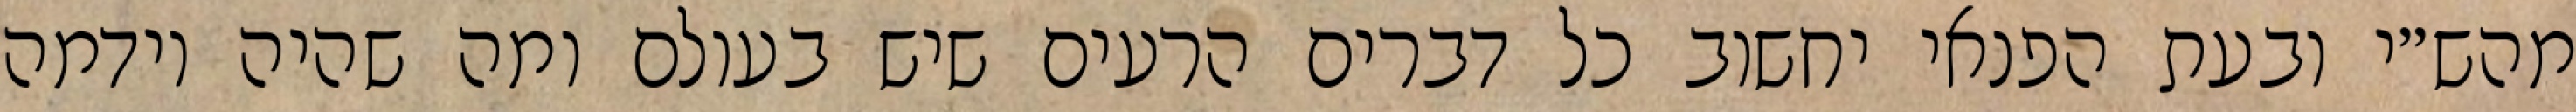
מהש״י ובעת הפנאי יחשוב כל דברים הרעים שיש בעולם ומה שהיה וידמה